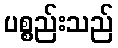
ပစ္စည်းသည်